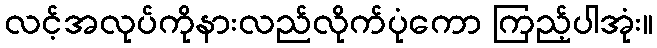
လင့်အလုပ်ကိုနားလည်လိုက်ပုံကော ကြည့်ပါအုံး။